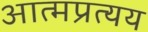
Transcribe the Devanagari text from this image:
आत्मप्रत्यय